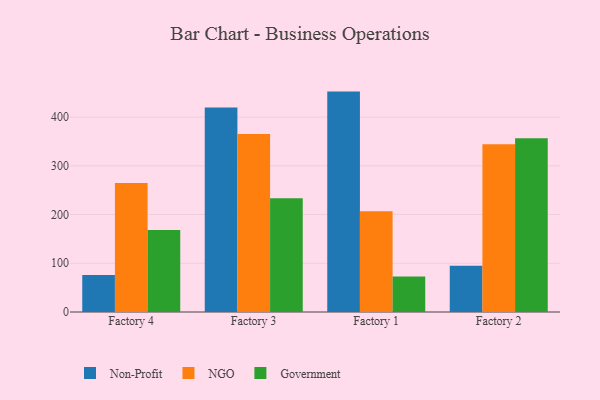
{"axis": {"x": "Factory", "y": "Latency (ms)"}, "legend": ["Government", "NGO", "Non-Profit"], "data": [{"x": "Factory 4", "y": 76.1, "type": "Non-Profit"}, {"x": "Factory 4", "y": 264.6, "type": "NGO"}, {"x": "Factory 4", "y": 168.4, "type": "Government"}, {"x": "Factory 3", "y": 419.9, "type": "Non-Profit"}, {"x": "Factory 3", "y": 365.2, "type": "NGO"}, {"x": "Factory 3", "y": 233.2, "type": "Government"}, {"x": "Factory 1", "y": 452.3, "type": "Non-Profit"}, {"x": "Factory 1", "y": 207.0, "type": "NGO"}, {"x": "Factory 1", "y": 72.8, "type": "Government"}, {"x": "Factory 2", "y": 95.1, "type": "Non-Profit"}, {"x": "Factory 2", "y": 344.0, "type": "NGO"}, {"x": "Factory 2", "y": 356.6, "type": "Government"}]}